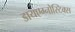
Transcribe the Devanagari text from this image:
डायएग्नोस्टिक्स